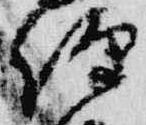
経